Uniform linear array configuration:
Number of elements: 48
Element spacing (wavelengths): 0.5
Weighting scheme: hamming
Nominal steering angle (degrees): -30
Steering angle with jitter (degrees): -31.123
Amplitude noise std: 0.05
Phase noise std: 0.05

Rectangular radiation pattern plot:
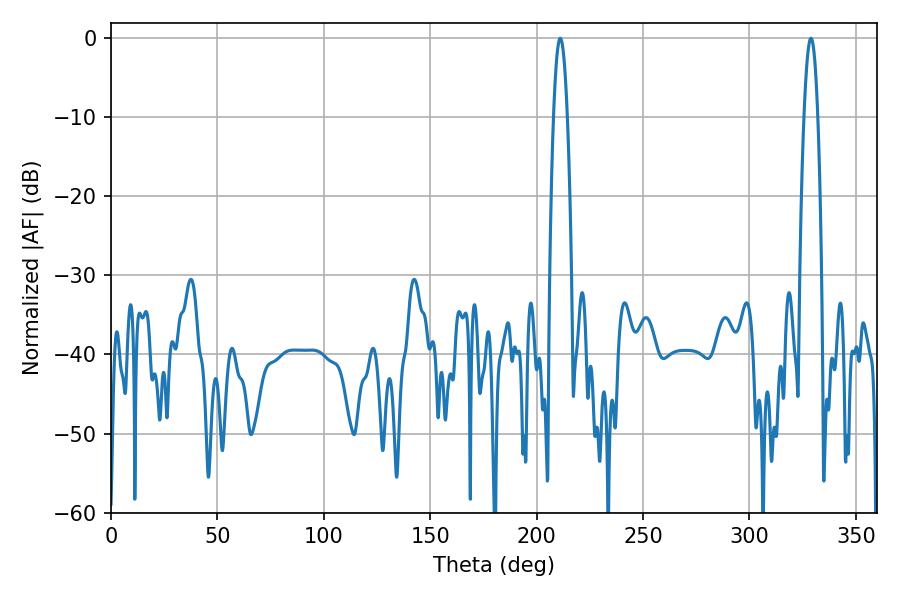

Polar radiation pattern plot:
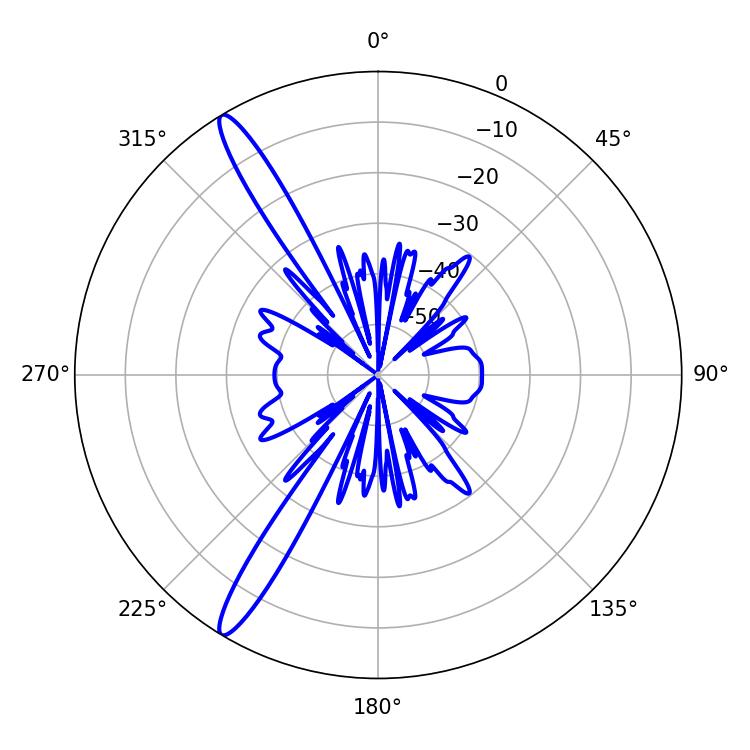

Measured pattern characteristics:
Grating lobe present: FALSE
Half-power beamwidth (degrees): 3.6
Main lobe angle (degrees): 211.14